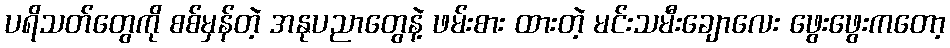
ပရိသတ်တွေကို စစ်မှန်တဲ့ အနုပညာတွေနဲ့ ဖမ်းစား ထားတဲ့ မင်းသမီးချောလေး ဖွေးဖွေးကတော့